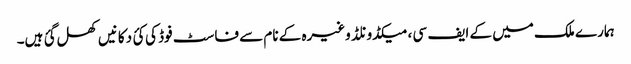
ہمارے ملک میں کے ایف سی ، میکڈونلڈ وغیرہ کے نام سے فاسٹ فوڈ کی کئ دکانیں کھل گئ ہیں۔